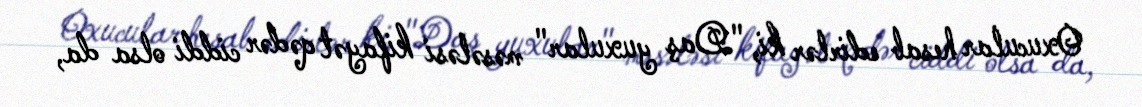
Oxucular hesab edirlər ki, "Daş yuxular" məsələsi kifayət qədər ciddi olsa da,